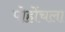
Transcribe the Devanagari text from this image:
पोहोंचला